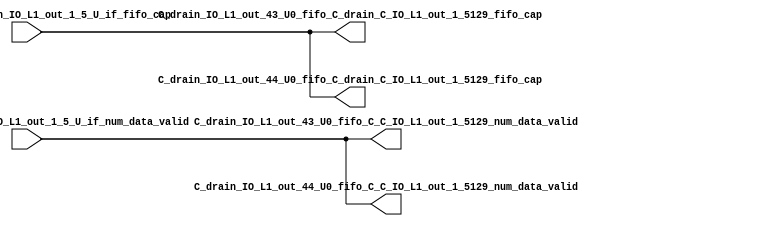
// ==================================================
// RTL generated by RapidStream
//
// Copyright 2024 RapidStream Design Automation, Inc.
// All Rights Reserved.
// ==================================================
`timescale 1 ns / 1 ps
module __rs_kernel3_aux_split_aux_85 #(
    parameter C_S_AXI_CONTROL_DATA_WIDTH  = 32,
    parameter C_S_AXI_CONTROL_ADDR_WIDTH  = 6,
    parameter C_S_AXI_DATA_WIDTH          = 32,
    parameter C_M_AXI_GMEM_A_ID_WIDTH     = 1,
    parameter C_M_AXI_GMEM_A_ADDR_WIDTH   = 64,
    parameter C_M_AXI_GMEM_A_DATA_WIDTH   = 512,
    parameter C_M_AXI_GMEM_A_AWUSER_WIDTH = 1,
    parameter C_M_AXI_GMEM_A_ARUSER_WIDTH = 1,
    parameter C_M_AXI_GMEM_A_WUSER_WIDTH  = 1,
    parameter C_M_AXI_GMEM_A_RUSER_WIDTH  = 1,
    parameter C_M_AXI_GMEM_A_BUSER_WIDTH  = 1,
    parameter C_M_AXI_GMEM_A_USER_VALUE   = 0,
    parameter C_M_AXI_GMEM_A_PROT_VALUE   = 0,
    parameter C_M_AXI_GMEM_A_CACHE_VALUE  = 3,
    parameter C_M_AXI_DATA_WIDTH          = 32,
    parameter C_M_AXI_GMEM_B_ID_WIDTH     = 1,
    parameter C_M_AXI_GMEM_B_ADDR_WIDTH   = 64,
    parameter C_M_AXI_GMEM_B_DATA_WIDTH   = 512,
    parameter C_M_AXI_GMEM_B_AWUSER_WIDTH = 1,
    parameter C_M_AXI_GMEM_B_ARUSER_WIDTH = 1,
    parameter C_M_AXI_GMEM_B_WUSER_WIDTH  = 1,
    parameter C_M_AXI_GMEM_B_RUSER_WIDTH  = 1,
    parameter C_M_AXI_GMEM_B_BUSER_WIDTH  = 1,
    parameter C_M_AXI_GMEM_B_USER_VALUE   = 0,
    parameter C_M_AXI_GMEM_B_PROT_VALUE   = 0,
    parameter C_M_AXI_GMEM_B_CACHE_VALUE  = 3,
    parameter C_M_AXI_GMEM_C_ID_WIDTH     = 1,
    parameter C_M_AXI_GMEM_C_ADDR_WIDTH   = 64,
    parameter C_M_AXI_GMEM_C_DATA_WIDTH   = 512,
    parameter C_M_AXI_GMEM_C_AWUSER_WIDTH = 1,
    parameter C_M_AXI_GMEM_C_ARUSER_WIDTH = 1,
    parameter C_M_AXI_GMEM_C_WUSER_WIDTH  = 1,
    parameter C_M_AXI_GMEM_C_RUSER_WIDTH  = 1,
    parameter C_M_AXI_GMEM_C_BUSER_WIDTH  = 1,
    parameter C_M_AXI_GMEM_C_USER_VALUE   = 0,
    parameter C_M_AXI_GMEM_C_PROT_VALUE   = 0,
    parameter C_M_AXI_GMEM_C_CACHE_VALUE  = 3,
    parameter C_S_AXI_CONTROL_WSTRB_WIDTH = 4,
    parameter C_S_AXI_WSTRB_WIDTH         = 4,
    parameter C_M_AXI_GMEM_A_WSTRB_WIDTH  = 64,
    parameter C_M_AXI_WSTRB_WIDTH         = 4,
    parameter C_M_AXI_GMEM_B_WSTRB_WIDTH  = 64,
    parameter C_M_AXI_GMEM_C_WSTRB_WIDTH  = 64
) (
    output wire [1:0] C_drain_IO_L1_out_43_U0_fifo_C_C_IO_L1_out_1_5129_num_data_valid,
    output wire [1:0] C_drain_IO_L1_out_43_U0_fifo_C_drain_C_IO_L1_out_1_5129_fifo_cap,
    output wire [1:0] C_drain_IO_L1_out_44_U0_fifo_C_C_IO_L1_out_1_5129_num_data_valid,
    output wire [1:0] C_drain_IO_L1_out_44_U0_fifo_C_drain_C_IO_L1_out_1_5129_fifo_cap,
    input wire  [1:0] fifo_C_drain_C_drain_IO_L1_out_1_5_U_if_fifo_cap,
    input wire  [1:0] fifo_C_drain_C_drain_IO_L1_out_1_5_U_if_num_data_valid
);
assign C_drain_IO_L1_out_43_U0_fifo_C_C_IO_L1_out_1_5129_num_data_valid = fifo_C_drain_C_drain_IO_L1_out_1_5_U_if_num_data_valid;
assign C_drain_IO_L1_out_43_U0_fifo_C_drain_C_IO_L1_out_1_5129_fifo_cap = fifo_C_drain_C_drain_IO_L1_out_1_5_U_if_fifo_cap;
assign C_drain_IO_L1_out_44_U0_fifo_C_C_IO_L1_out_1_5129_num_data_valid = fifo_C_drain_C_drain_IO_L1_out_1_5_U_if_num_data_valid;
assign C_drain_IO_L1_out_44_U0_fifo_C_drain_C_IO_L1_out_1_5129_fifo_cap = fifo_C_drain_C_drain_IO_L1_out_1_5_U_if_fifo_cap;
endmodule